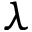
\lambda